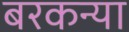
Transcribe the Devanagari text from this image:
बरकन्या